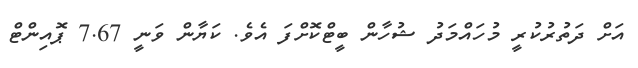
އަށް ދަތުރުކުރީ މުހައްމަދު ޝުހާން ބީޓްކޮށްފަ އެވެ. ކަޔާން ވަނީ 7.67 ޕޮއިންޓް